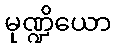
မုဏ္ဍိယော